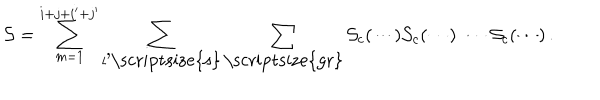
{ \cal S } = \sum _ { m = 1 } ^ { i + j + i ^ { \prime } + j ^ { \prime } } \sum _ { l \mathrm { ' \scriptsize { s } } } \sum _ { \mathrm { \scriptsize { g r } } } { \cal S } _ { c } ( \cdots ) { \cal S } _ { c } ( \cdots ) \, \cdots \, { \cal S } _ { c } ( \cdots ) \, .